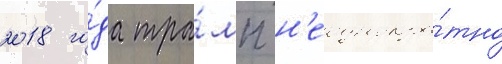
2018 го́да тра́мп н'еоднокра́тно